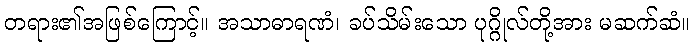
တရား၏အဖြစ်ကြောင့်။ အသာဓာရဏံ၊ ခပ်သိမ်းသော ပုဂ္ဂိုလ်တို့အား မဆက်ဆံ။